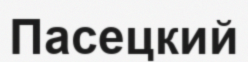
Пасецкий